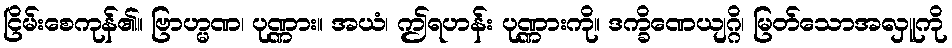
ငြိမ်းစေကုန်၏။ ဗြာဟ္မဏ၊ ပုဏ္ဏား။ အယံ၊ ဤရဟန်း ပုဏ္ဏားကို။ ဒက္ခိဏေယျဂ္ဂိ၊ မြတ်သောအလှူကို